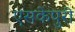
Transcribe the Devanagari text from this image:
एसकेपुरी